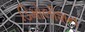
ડિમોલીશન